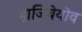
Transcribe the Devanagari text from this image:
हाजिबेयोव